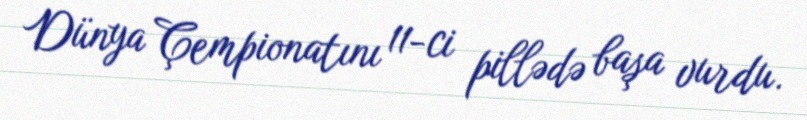
Dünya Çempionatını 11-ci pillədə başa vurdu.